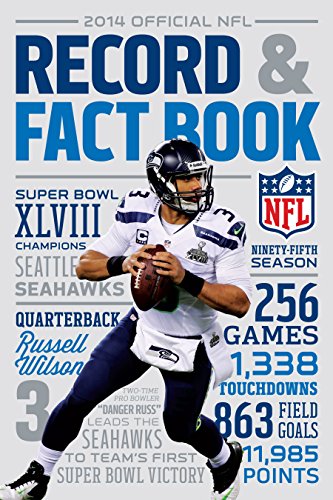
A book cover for NFL Record & Fact Book 2014 (Official NFL Record & Fact Book); Editors at the NFL; Reference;